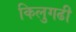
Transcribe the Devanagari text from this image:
किलुगढी